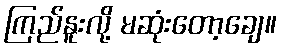
ကြည်နူးလို့ မဆုံးတော့ချေ။